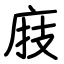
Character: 庪